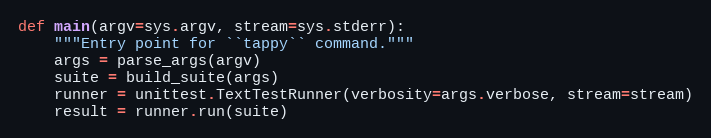
Language: Python
def main(argv=sys.argv, stream=sys.stderr):
    """Entry point for ``tappy`` command."""
    args = parse_args(argv)
    suite = build_suite(args)
    runner = unittest.TextTestRunner(verbosity=args.verbose, stream=stream)
    result = runner.run(suite)